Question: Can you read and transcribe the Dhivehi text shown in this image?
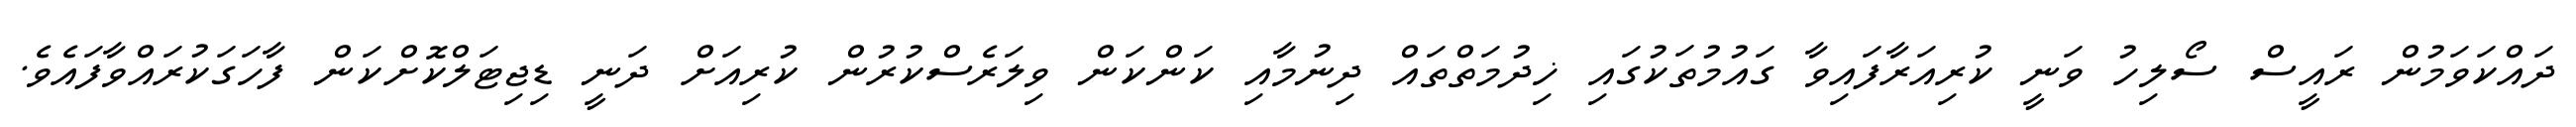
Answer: ދައްކަވަމުން ރައީސް ސޯލިހު ވަނީ ކުރިއަރާފައިވާ ގައުމުތަކުގައި ޚިދުމަތްތައް ދިނުމާއި ކަންކަން ވިލަރެސްކުރުން ކުރިއަށް ދަނީ ޑިޖިޓަލްކޮށްކަން ފާހަގަކުރައްވާފައެވެ.